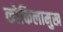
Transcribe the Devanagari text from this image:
कोकिलामुख